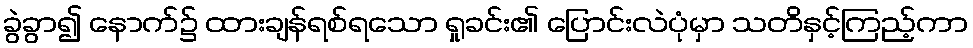
ခွဲခွာ၍ နောက်၌ ထားချန်ရစ်ရသော ရှုခင်း၏ ပြောင်းလဲပုံမှာ သတိနှင့်ကြည့်ကာ